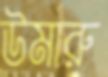
উমারু